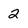
Character: 2